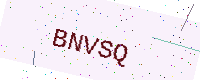
Text: BNVSQ